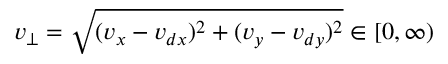
v _ { \perp } = \sqrt { ( v _ { x } - v _ { d x } ) ^ { 2 } + ( v _ { y } - v _ { d y } ) ^ { 2 } } \in [ 0 , \infty )